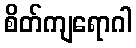
စိတ်ကျရောဂါ